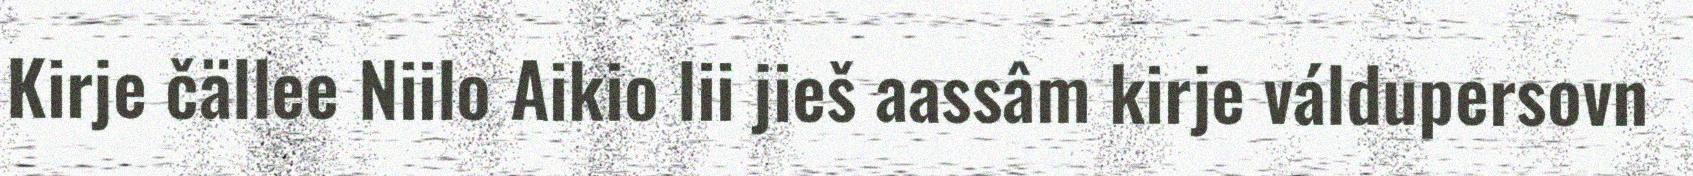
Kirje čällee Niilo Aikio lii jieš aassâm kirje váldupersovn